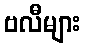
ဗလီများ